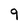
Character: 9